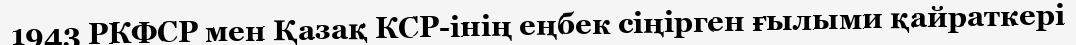
1943 РКФСР мен Қазақ КСР-інің еңбек сіңірген ғылыми қайраткері